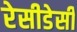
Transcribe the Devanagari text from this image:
रेसीडेसी